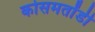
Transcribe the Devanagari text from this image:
कोसमतोंडी